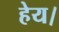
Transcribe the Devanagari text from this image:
हेय।